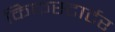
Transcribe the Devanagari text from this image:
किकस्टार्टर